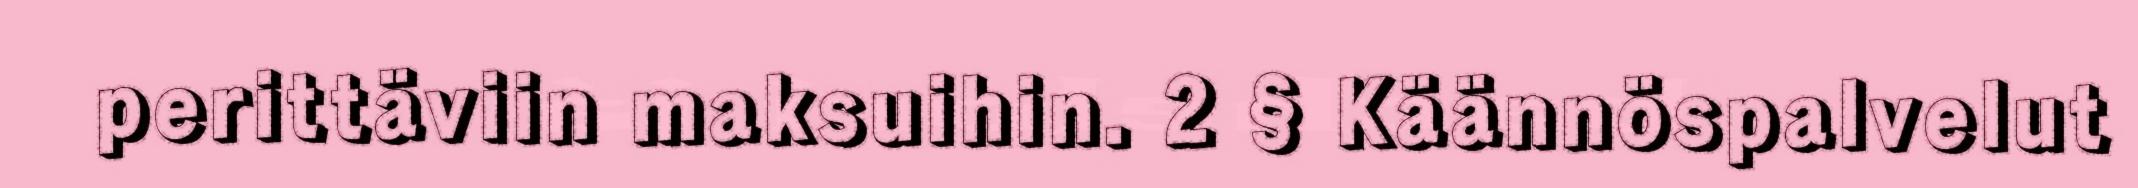
perittäviin maksuihin. 2 § Käännöspalvelut